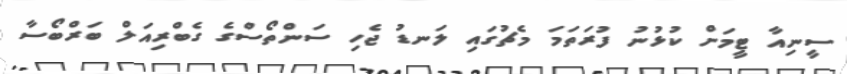
ސީނިއާ ޓީމަށް ކުޅުނު ފުރަތަމަ މެޗުގައި ލަނޑު ޖެހި ސަންތޯސްގެ ގެބްރިއަލް ބަރްބޯސާ